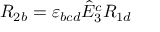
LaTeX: R _ { 2 b } = \varepsilon _ { b c d } \hat { E } _ { 3 } ^ { c } R _ { 1 d }